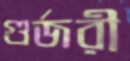
গুর্জরী